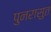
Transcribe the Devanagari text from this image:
पुनरासुत